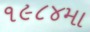
૧૯૮૪મા